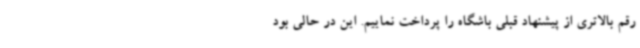
رقم بالاتری از پیشنهاد قبلی باشگاه را پرداخت نماییم. این در حالی بود